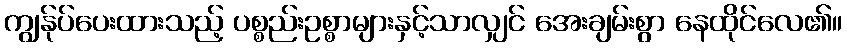
ကျွန်ုပ်ပေးထားသည့် ပစ္စည်းဥစ္စာများနှင့်သာလျှင် အေးချမ်းစွာ နေထိုင်လေ၏။